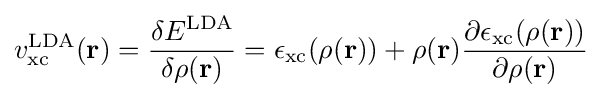
v_{\rm {xc}}^{\mathrm {LDA} }(\mathbf {r} )={\frac {\delta E^{\mathrm {LDA} }}{\delta \rho (\mathbf {r} )}}=\epsilon _{\rm {xc}}(\rho (\mathbf {r} ))+\rho (\mathbf {r} ){\frac {\partial \epsilon _{\rm {xc}}(\rho (\mathbf {r} ))}{\partial \rho (\mathbf {r} )}}\